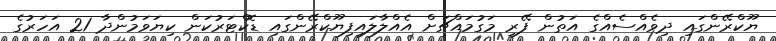
ޔޫކްރޭންގައި ދިވެއްސެއްގެ އަތުން ފޭރި މަގުމައްޗަށް އެއްލާލައިފިޔޫކްރޭންގައި ޑޮކްޓަރުކަން ކިޔަވަމުންދާ 21 އަހަރުގެ